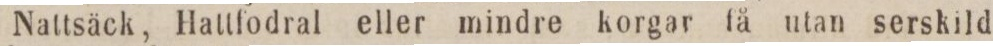
Nattsäck, Hattfodral eller mindre korgar få utan serskild